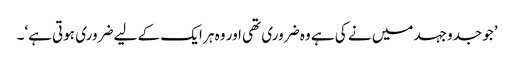
’جو جدوجہد میں نے کی ہے وہ ضروری تھی اور وہ ہر ایک کے لیے ضروری ہوتی ہے‘۔